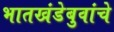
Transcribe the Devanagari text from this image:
भातखंडेबुवांचे